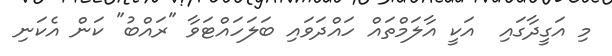
މި އަގީދާގައި  އަކީ އާލަމްތައް ހައްދަވައި ބަލަހައްޓަވާ "ރައްބު" ކަން އެކަނި